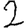
Digit: 2